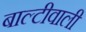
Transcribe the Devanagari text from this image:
बाल्टीवाली